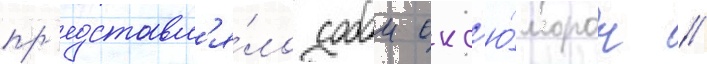
пр'едставл'я́ло собои окс'ю́морон //